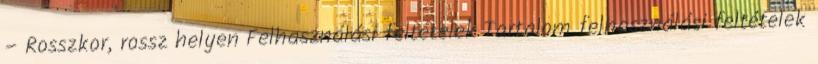
– Rosszkor, rossz helyen Felhasználási feltételek Tartalom felhasználási feltételek